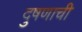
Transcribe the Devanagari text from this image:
दुषणाची